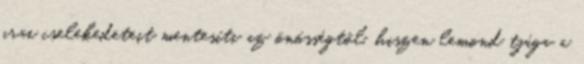
arai cselekedeteit mentesíti az önösségtől, hiszen lemond tjága a